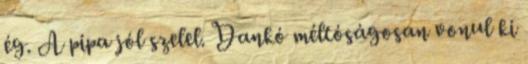
ég. A pipa jól szelel. Dankó méltóságosan vonul ki